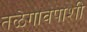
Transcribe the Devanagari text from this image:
तळेगावपाशी